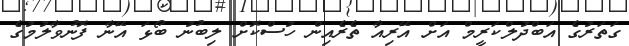
ގަތަރުގެ އަބްދުލްކަރީމް އަށް އޭރިއާ ތެރެއިން ހުސްކޮށް ލިބުނު ބޯޅަ އޭނާ ފޮނުވާލުމުގެ